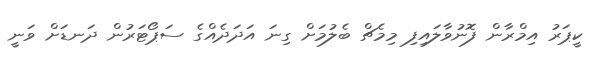
ކީޕަރު އިމްރާން ފޮނުވާލައިފި މިމެޗް ބެލުމަށް ގިނަ އަދަދެއްގެ ސަޕޯޓަރުން ދަނޑަށް ވަނީ